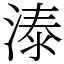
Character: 溙